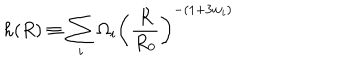
h ( R ) \equiv \sum _ { i } \Omega _ { i } \left( \frac { R } { R _ { 0 } } \right) ^ { - ( 1 + 3 w _ { i } ) }